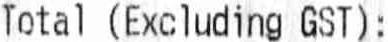
TOTAL (EXCLUDING GST):